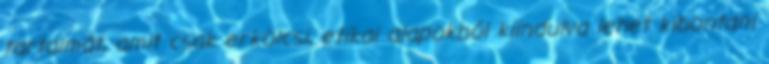
tartalmát, amit csak erkölcsi, etikai alapokból kiindulva lehet kibontani